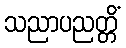
သညာပညတ္တိံ